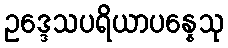
ဥဒ္ဒေသပရိယာပန္နေသု